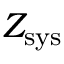
Z _ { \mathrm { s y s } }